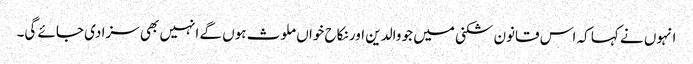
انہوں نے کہا کہ اس قانون شکنی میں جو والدین اور نکاح خواں ملوث ہوں گے انہیں بھی سزا دی جائے گی۔